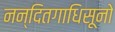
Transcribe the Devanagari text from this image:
नन्दितगाधिसूनो